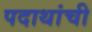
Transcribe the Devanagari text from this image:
पदाथांची